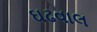
ઘઢવાલ